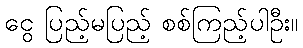
ငွေ ပြည့်မပြည့် စစ်ကြည့်ပါဦး။